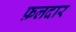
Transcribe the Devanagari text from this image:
फ़लदार